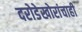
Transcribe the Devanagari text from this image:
दरोडेखोरांचाही